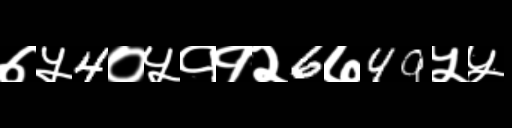
Text: ७५4०५११२6७49५५